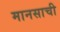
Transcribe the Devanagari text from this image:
मानसाची